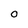
Character: O